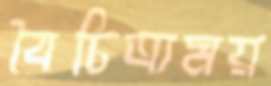
বৈচিত্র্যময়